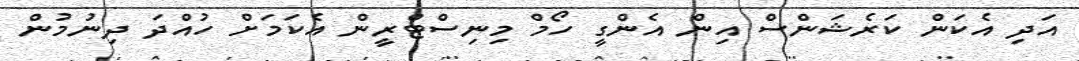
އަދި އެކަން ކަރެޝަންސް އިން އެންގީ ހޯމް މިނިސްޓްރީން އެކަމަށް ހުއްދަ ދިނުމުން